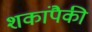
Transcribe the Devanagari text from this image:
शकांपैकी